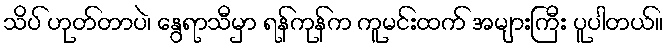
သိပ် ဟုတ်တာပဲ၊ နွေရာသီမှာ ရန်ကုန်က ကူမင်းထက် အများကြီး ပူပါတယ်။